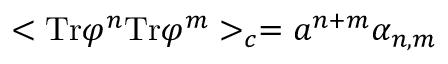
< \mathrm { T r } \varphi ^ { n } \mathrm { T r } \varphi ^ { m } > _ { c } = { a } ^ { n + m } \alpha _ { n , m }